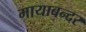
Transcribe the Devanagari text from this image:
मायाबन्दर